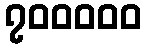
၇၀၀၀၀၀